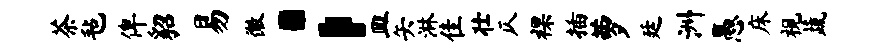
茶毡俾貂易徽；皿矢淋隹壮仄裸插萝廷洲愚床视蔬